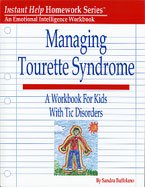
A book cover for Managing Tourette Syndrome (Instant Help Homework Series); Health, Fitness & Dieting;